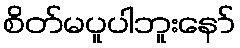
စိတ်မပူပါဘူးနော်